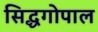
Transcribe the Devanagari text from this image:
सिद्धगोपाल